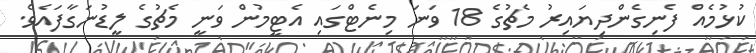
ކުޅުމެއް ފެނިގެންދިޔައިރު މެޗުގެ 18 ވަނަ މިނެޓްގައި އެޓީމުން ވަނީ މެޗުގެ ލީޑުނަގާފައެވެ.